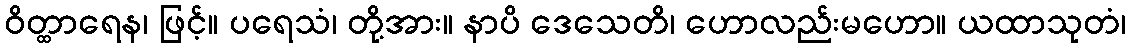
ဝိတ္ထာရေန၊ ဖြင့်။ ပရေသံ၊ တို့အား။ နာပိ ဒေသေတိ၊ ဟောလည်းမဟော။ ယထာသုတံ၊